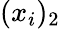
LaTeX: (x_{i})_{2}